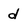
Character: d